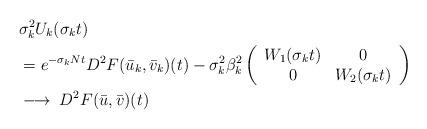
LaTeX: \begin{align*}&\sigma_k^2 U_k(\sigma_k t)\\&= e^{- \sigma_k N t} D^2 F(\bar u_k,\bar v_k)(t) - \sigma_k^2 \beta_k^{2} \left (\begin{array}{cc}W_1(\sigma_k t) & 0 \\0 & W_2(\sigma_k t)\end{array} \right)\\&\longrightarrow\; D^2 F(\bar u,\bar v)(t) \end{align*}